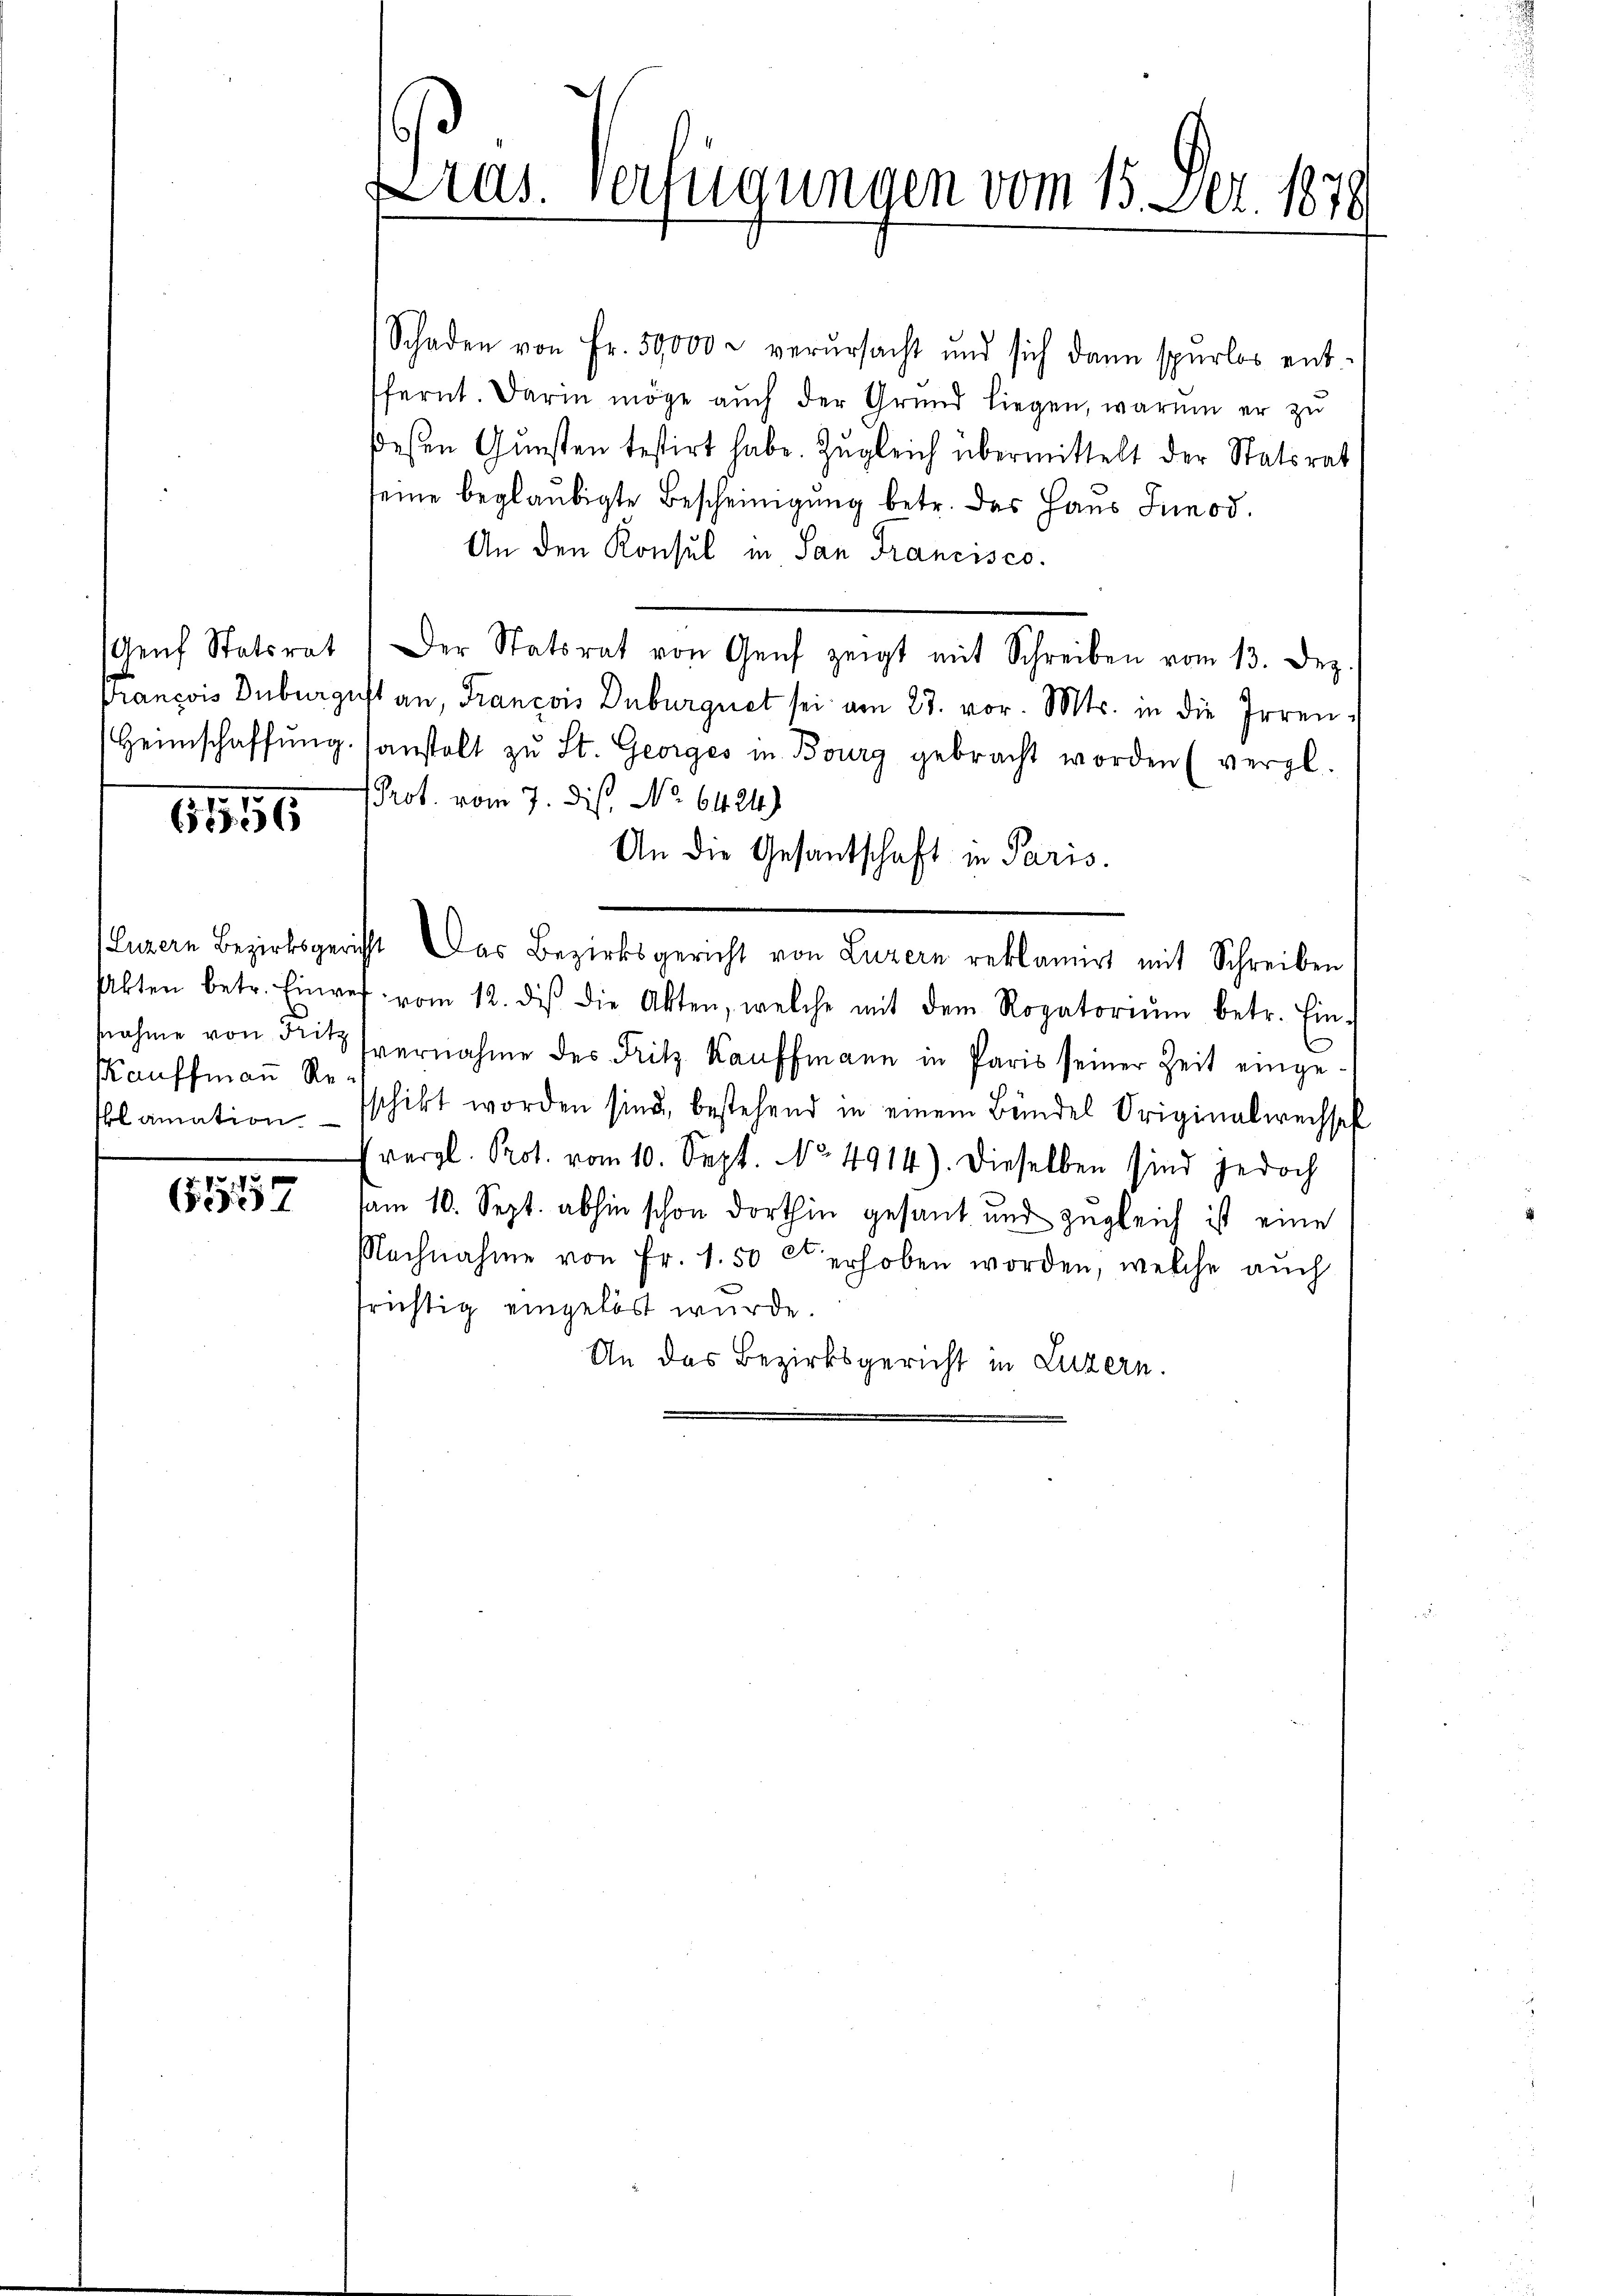
6555

Kauffmann Re¬

1
637

Schaden von Fr. 59000 & verursacht und sich dann spurlos ent-
fernt. Darin möge aŭch der Grŭnd liegen, warum er zŭ
deßen Gunsten testirt habe. Zugleich übermittelt der Statsrat
seine beglaubigte Bescheinigung betr. das Haus Junod.
An den Konsul in San Francisco
Genf Statiret. Der Statsrat von Genf zeigt mit Schreiben vom 13. Dez.
François Duburgust an, François Duburgnet sei am 23. vor. Mts. in die Irren¬
Heimschaffŭng sanstalt zŭ St. Georges in Bourg gebracht worden (vergl.
Prot. vom 7. dis, No 6424)
An die Gesantschaft in Paris.
Luzern Bezirksgericht das Bezirksgericht von Luzern reklamirt mit Schreiben
Akten betr. Einref vom 12. des die Akten, welche mit dem Rogatoriŭm betr. Ein-
nahme von der vernahme des Fritz Kauffmann in Paris seiner Zeit einge-
klamationsschikt worden sind, bestehend in einem Bündel Originalwechsel
vergl. Prot. vom 10. Sept. No. 4914). Dieselben sind jedoch
sam 10. Sept. abhin schon dorthin gesant und zugleich ist eine
Nachnahme von Fr. 1.50 ct erhoben worden, welche auch
frichtig eingelöst wurde.
An das Bezirksgericht in Luzern.

Pras. Verfügungen vom 15. Dez. 1878